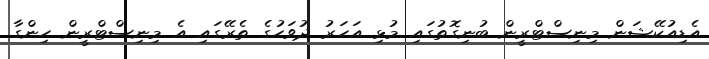
އެޑިއުކޭޝަން މިނިސްޓްރީން ބުނިގޮތުގައި މުޅި އަހަރު ދުވަހުގެ ތެރޭގައި އެ މިނިސްޓްރީން ހިންގާ